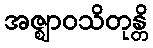
အဇ္ဈာဝသိတုန္တိ